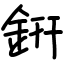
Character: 銒